Lunatic asylums Burma 1907-21 - 1907-1921
Year: 1907
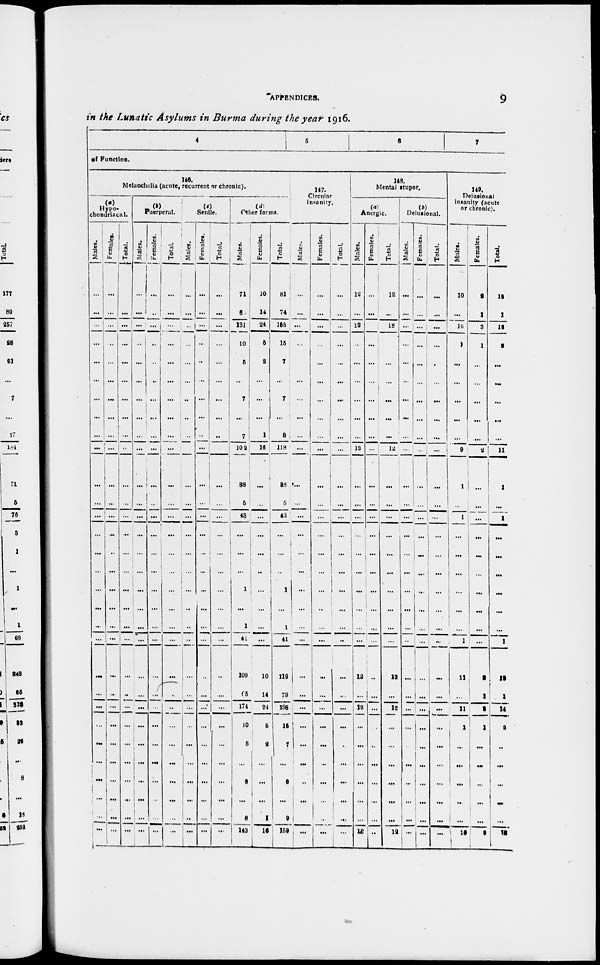
APPENDICES.
9
in the Lunatic Asylums in Burma during the year 1916.
4
5
6
7
of Function.
146.
Melancholia (acute, recurrent or chronic).
(a)
Hypo-
chondriacal.
Males.
...
...
...
...
...
...
...
...
...
...
...
...
...
...
...
...
...
...
...
...
...
...
...
...
...
...
...
...
...
...
Females.
...
...
...
...
...
...
...
...
...
...
...
...
...
...
...
...
...
...
...
...
...
...
...
...
...
...
...
...
...
...
Total.
...
...
...
...
...
...
...
...
...
...
...
...
...
...
...
...
...
...
...
...
...
..
...
...
...
...
...
...
...
...
(b)
Puerperal.
Males.
...
...
...
...
...
...
...
...
...
...
...
. . .
...
...
...
...
...
...
...
...
...
...
...
...
...
...
...
...
...
...
Females.
...
...
...
...
...
...
...
...
...
...
...
...
...
...
...
...
...
...
...
...
...
...
...
...
...
...
...
...
...
...
Total.
...
...
...
...
...
...
...
...
...
...
...
...
...
...
...
...
...
...
...
...
...
...
...
...
...
...
...
...
...
(c)
Senile.
Males.
...
...
...
...
...
...
...
...
...
...
...
...
...
...
...
...
...
...
..
...
...
...
...
...
...
...
...
...
...
...
Females.
...
...
...
...
...
...
...
...
...
...
...
...
...
...
...
...
...
...
...
...
...
...
...
...
...
...
...
...
...
...
Total.
...
...
...
...
...
...
...
...
...
...
...
...
...
...
...
...
...
...
...
...
...
...
...
...
...
...
...
...
...
...
(d)
Other forms.
Males.
71
6
131
10
5
...
7
...
7
102
38
5
43
...
...
...
1
...
1
41
109
65
174
10
5
...
8
...
8
143
Females.
10
14
24
5
2
...
...
...
1
16
...
...
...
...
...
...
...
...
...
...
10
14
24
5
2
...
...
...
1
16
Total.
81
74
155
15
7
...
7
...
8
118
38
5
43
...
...
...
1
...
1
41
119
79
198
15
7
...
8
...
9
159
147.
Circular
insanity.
Males.
...
...
...
...
...
...
...
...
...
...
...
...
...
...
...
...
...
...
...
...
...
...
...
...
...
...
...
...
...
...
Females.
...
...
...
...
...
...
...
...
...
...
...
...
...
...
...
...
...
...
...
...
...
...
...
...
...
...
...
...
...
...
Total.
...
...
...
...
...
...
...
...
...
...
...
...
...
...
...
...
...
...
...
...
...
...
...
...
...
...
...
...
...
...
148.
Mental stupor.
Anergic.
Males.
12
...
12
...
...
...
...
...
...
12
...
...
...
...
...
...
...
...
...
...
12
...
12
...
...
...
...
...
...
12
Females.
...
...
...
...
...
...
...
...
...
...
...
...
...
...
...
...
...
...
...
...
...
...
...
...
...
...
...
...
Total.
12
...
12
...
...
...
...
...
...
12
...
...
...
...
...
...
...
...
...
...
12
...
12
...
...
...
...
...
...
12
Delusional.
Males.
...
...
...
...
...
...
...
...
...
...
...
...
...
...
...
...
...
...
...
...
...
...
...
...
...
...
...
...
...
...
Females.
...
...
...
...
...
...
...
...
...
...
...
...
...
...
...
...
...
...
...
...
...
...
...
...
...
...
...
...
...
...
Total.
...
...
...
...
...
...
...
...
...
...
...
...
...
...
...
...
...
...
...
...
...
...
...
...
...
...
...
...
...
...
149.
Delusional
insanity (acute
or chronic).
Males.
10
...
10
1
...
...
...
...
...
9
1
...
1
...
...
...
...
...
...
1
11
...
11
1
...
...
...
...
...
10
Females.
8
1
3
1
...
...
...
...
...
2
...
...
...
...
...
...
...
...
...
...
2
1
3
1
...
...
...
...
...
2
Total.
19
1
13
2
...
...
...
...
...
11
1
...
1
...
...
...
...
...
...
1
13
1
14
2
...
...
...
...
...
12